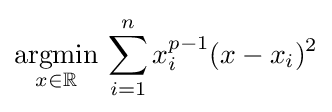
{\underset {x\in \mathbb {R} }{\operatorname {argmin} }}\,\sum _{i=1}^{n}x_{i}^{p-1}(x-x_{i})^{2}